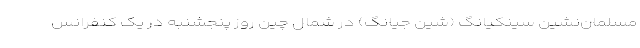
مسلمان‌نشین سینکیانگ (شین جیانگ) در شمال چین روز پنجشنبه در یک کنفرانس